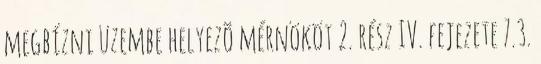
megbízni üzembe helyezõ mérnököt 2. rész IV. fejezete 7.3.